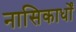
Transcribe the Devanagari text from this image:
नासिकार्धों